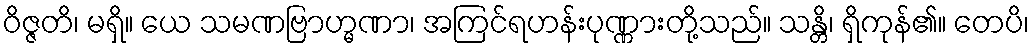
ဝိဇ္ဇတိ၊ မရှိ။ ယေ သမဏဗြာဟ္မဏာ၊ အကြင်ရဟန်းပုဏ္ဏားတို့သည်။ သန္တိ၊ ရှိကုန်၏။ တေပိ၊